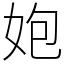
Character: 㚿